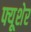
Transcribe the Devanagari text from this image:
फ्यूशेर